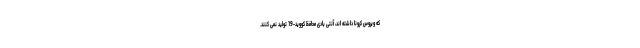
که ویروس کرونا داشته اند، آنتی بادی محافظ کووید-19 تولید نمی کنند.